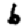
Digit: 6